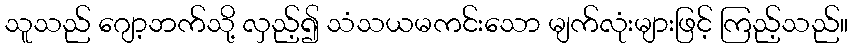
သူသည် ဂျော့ဘက်သို့ လှည့်၍ သံသယမကင်းသော မျက်လုံးများဖြင့် ကြည့်သည်။